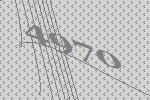
4970